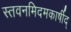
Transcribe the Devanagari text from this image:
स्तवनमिदमकार्षीद्